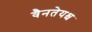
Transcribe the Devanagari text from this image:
वैनतेयश्च